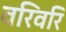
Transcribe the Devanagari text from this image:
वरिवरि